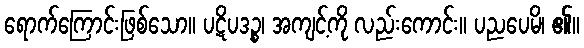
ရောက်ကြောင်းဖြစ်သော။ ပဋိပဒဉ္စ၊ အကျင့်ကို လည်းကောင်း။ ပညပေမိ၊ ၏။